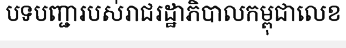
បទបញ្ជារបស់រាជរដ្ឋាភិបាលកម្ពុជាលេខ